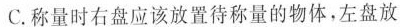
C. 称量时右盘应该放置待称量的物体，左盘放